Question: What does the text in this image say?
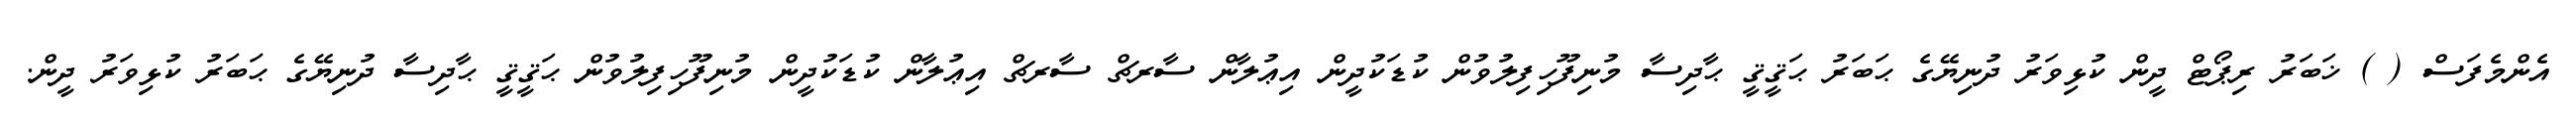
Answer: އެންމެފަސް ( ) ޚަބަރު ރިޕޯޓް ދީން ކުޅިވަރު ދުނިޔޭގެ ޙަބަރު ޙަޤީޤީ ޙާދިސާ މުނިފޫހިފިލުވުން ކުޑަކުދީން އިޢުލާން ސާރޗް ސާރޗް އިޢުލާން ކުޑަކުދީން މުނިފޫހިފިލުވުން ޙަޤީޤީ ޙާދިސާ ދުނިޔޭގެ ޙަބަރު ކުޅިވަރު ދީން.